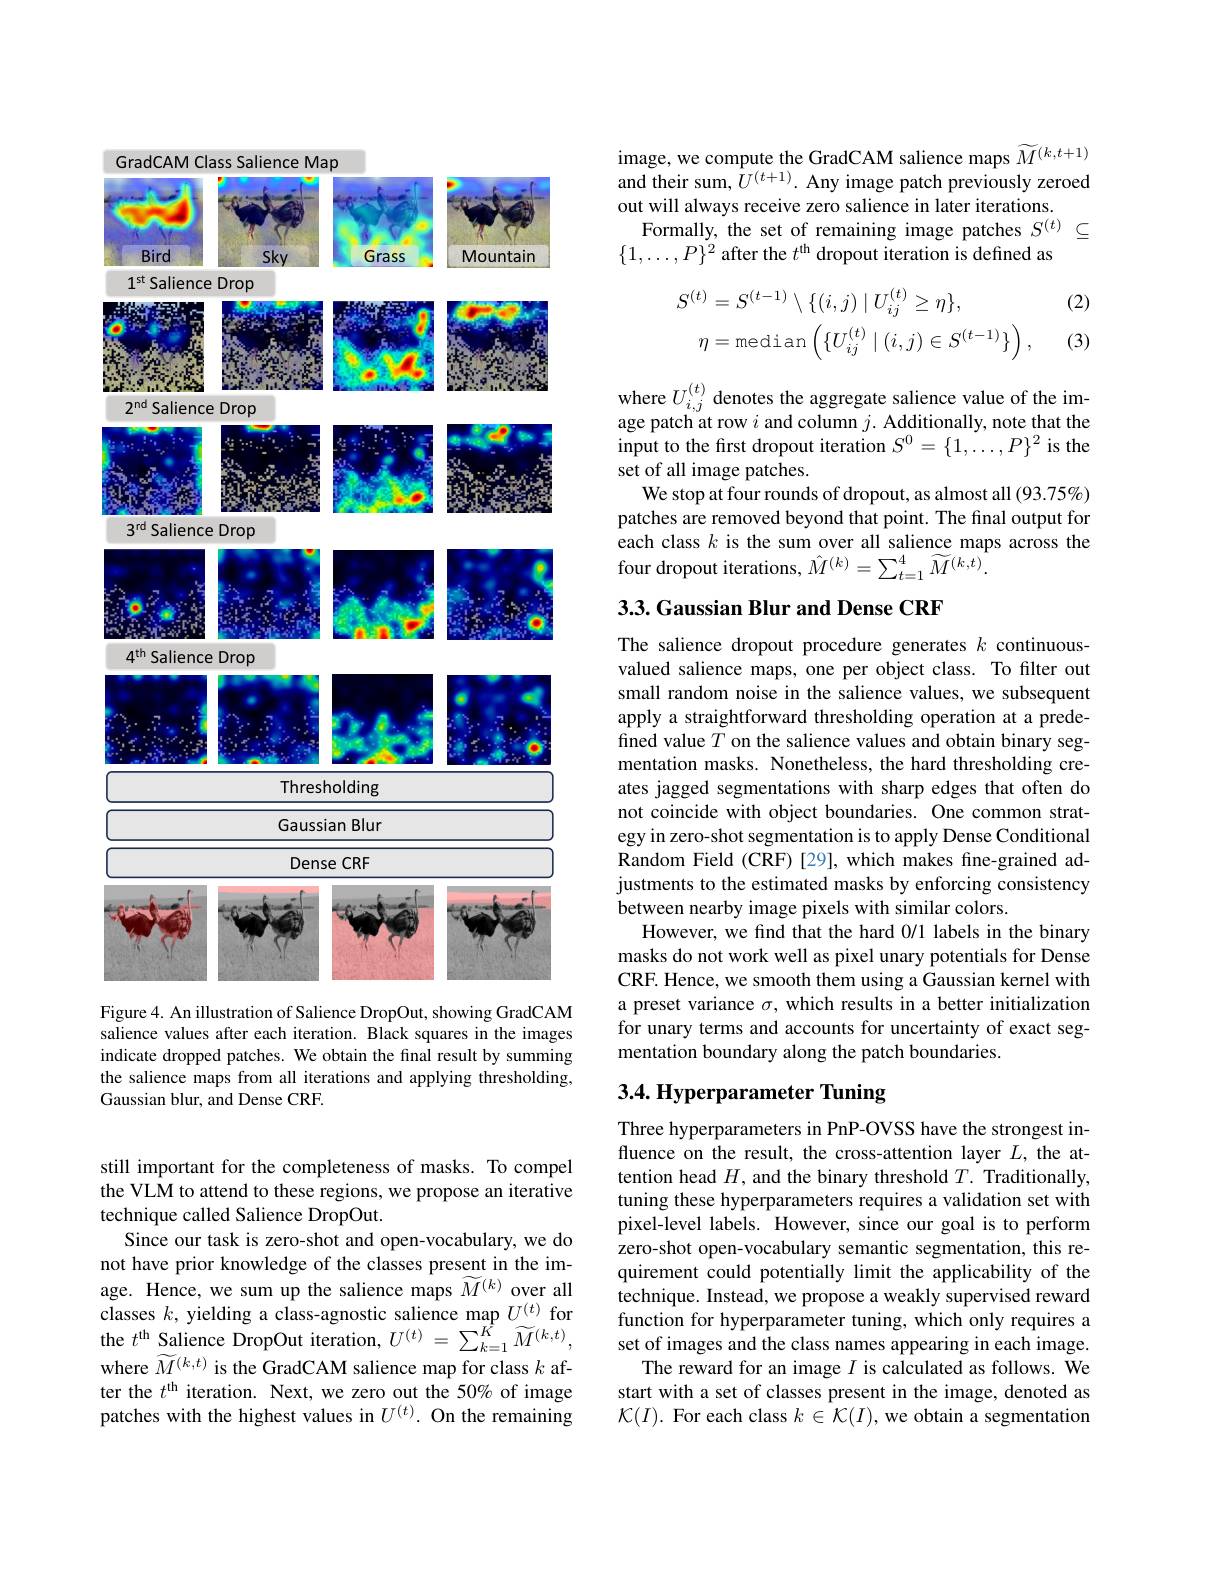
<FigureHere>

Figure 4. An illustration of Salience DropOut, showing GradCAM

salience values after each iteration. Black squares in the images indicate dropped patches. We obtain the final result by summing the salience maps from all iterations and applying thresholding, Gaussian blur, and Dense CRF.

image, we compute the GradCAM salience maps $\widetilde{M}^{(k,t+1)}$ and their sum, $U^{(t+1)}.$ Any image patch previously zeroed out will always receive zero salience in later iterations
Formally, the set of remaining image patches $S^{(t)}\subseteq$
$\{1,\ldots,P\}^{2}$ after the $t^\mathrm{th}$ dropout iteration is defined as

(2)
$$\begin{aligned}S^{(t)}&=S^{(t-1)}\setminus\{(i,j)\mid U_{ij}^{(t)}\geq\eta\},\\\eta&=\text{median}\left(\{U_{ij}^{(t)}\mid(i,j)\in S^{(t-1)}\}\right),\end{aligned}$$
(3)

where $U_{i,j}^{(t)}$ denotes the aggregate salience value of the image patch at row $i$ and column $j.$ Additionally, note that the input to the first dropout iteration $S^0=\{1,\ldots,P\}^2$ is the set of all image patches.
We stop at four rounds of dropout, as almost all (93.75%) patches are removed beyond that point. The final output for each class $k$ is the sum over all salience maps across the four dropout iterations, $\hat{M}^{(k)}=\sum_{t=1}^{4}\widetilde{M}^{(k,t)}\tilde{.}$

## 3.3. Gaussian Blur and Dense CRF

The salience dropout procedure generates $k$ continuousvalued salience maps, one per object class. To filter out small random noise in the salience values, we subsequent apply a straightforward thresholding operation at a predefined value $\tilde{T}$ on the salience values and obtain binary segmentation masks. Nonetheless, the hard thresholding creates jagged segmentations with sharp edges that often do not coincide with object boundaries. One common strategy in zero-shot segmentation is to apply Dense Conditional Random Field (CRF)[29], which makes fine-grained adjustments to the estimated masks by enforcing consistency between nearby image pixels with similar colors.
However, we find that the hard 0/1 labels in the binary masks do not work well as pixel unary potentials for Dense CRF. Hence, we smooth them using a Gaussian kernel with a preset variance $\sigma$, which results in a better initialization for unary terms and accounts for uncertainty of exact segmentation boundary along the patch boundaries.

## 3.4. Hyperparameter Tuning

Three hyperparameters in PnP-OVSS have the strongest influence on the result, the cross-attention layer $L$, the attention head $H$, and the binary threshold $T.$ Traditionally, tuning these hyperparameters requires a validation set with pixel-level labels. However, since our goal is to perform zero-shot open-vocabulary semantic segmentation, this requirement could potentially limit the applicability of the technique. Instead, we propose a weakly supervised reward function for hyperparameter tuning, which only requires a set of images and the class names appearing in each image.
The reward for an image $I$ is calculated as follows. We start with a set of classes present in the image, denoted as $\mathcal{K}(I).$ For each class $k\in\mathcal{K}(I)$, we obtain a segmentation

still important for the completeness of masks. To compel the VLM to attend to these regions, we propose an iterative technique called Salience DropOut.
Since our task is zero-shot and open-vocabulary, we do not have prior knowledge of the classes present in the image. Hence, we sum up the salience maps $\widetilde{M}^{(k)}$ over all classes $k$, yielding a class- agnostic salience map $U^{( t) }$ for the $t^{\mathrm{th}}$ Salience DropOut iteration, $U^{( t) }= \sum _{k= 1}^{K}\widetilde{M} ^{( k, t) }$, where $\widetilde{M}^{(k,t)}$ is the GradCAM salience map for class $k$ after the $t^\mathrm{th}$ iteration. Next, we zero out the 50% of image patches with the highest values in $U^{(t)}.$ On the remaining